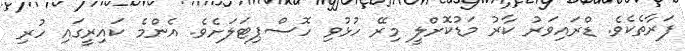
ފަރާތެކެވެ. ޑްރައިވަރު ކާރު މަޑުކޮށްލީ މިރޭ ހުޅުވި ހޮސްޕިޓަލަށެވެ. އެންމެ ކައިރީގައި ހުރި